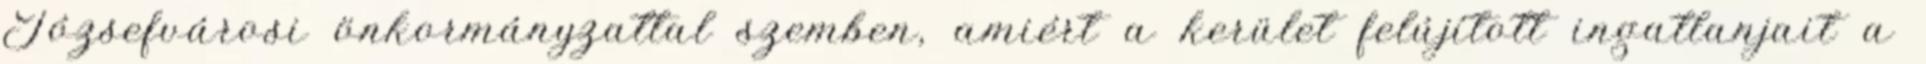
Józsefvárosi önkormányzattal szemben, amiért a kerület felújított ingatlanjait a